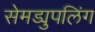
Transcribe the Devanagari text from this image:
सेमड्युपलिंग